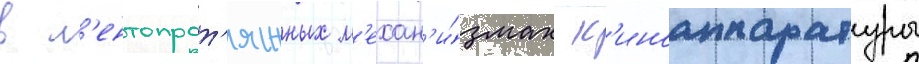
в л'ентопрот'яжных м'ехан'и́змах к'иноаппаратуры